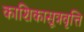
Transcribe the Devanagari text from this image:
काशिकासूत्रवृत्ति